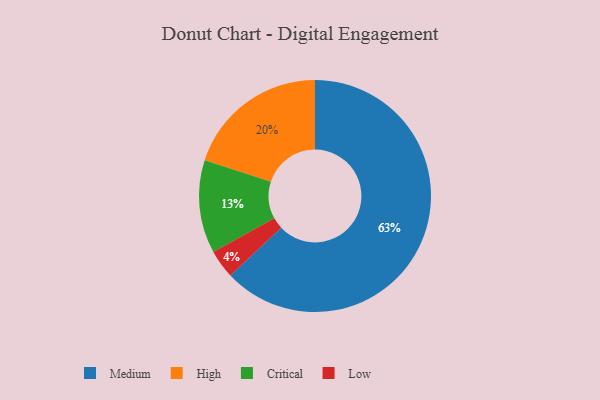
{"axis": {"x": "Category", "y": "Percentage"}, "legend": ["Critical", "High", "Low", "Medium"], "data": [{"x": "Critical", "y": 13, "type": "Critical"}, {"x": "Medium", "y": 63, "type": "Medium"}, {"x": "High", "y": 20, "type": "High"}, {"x": "Low", "y": 4, "type": "Low"}]}